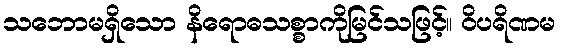
သဘောမရှိသော နိရောဓသစ္စာကိုမြင်သဖြင့်။ ဝိပရိဏမ